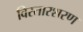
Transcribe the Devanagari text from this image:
विस्तारशरण